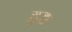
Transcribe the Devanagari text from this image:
हुठ